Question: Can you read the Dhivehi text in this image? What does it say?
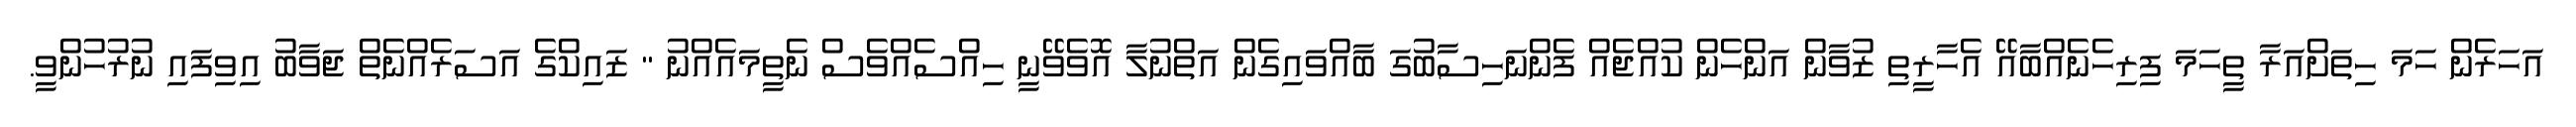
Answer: އަހަރެން ހަމަ ހިތަށްއަރާ ތީހަމަ ފިރިހެނެއްބާއޭ އެހާރީތި ޒުވާން އަންހެން ކުއްޖެއް ފެންނަހިސާބުގަ ބާއްވައިގެން އަތްނުލާ އޮވެވޭނީ ހިއްސެއްވެސް ނެތީމައެއްނު " ޒައިކްގެ އަސަރެއްނެތް ޖަވާބު އިވިފައި ނުރުހުންވީ.